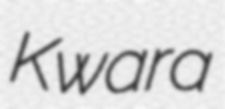
Kwara